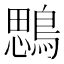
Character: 𪃄